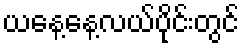
ယနေ့နေ့လယ်ပိုင်းတွင်